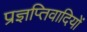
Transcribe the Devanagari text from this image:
प्रज्ञप्तिवादियों